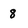
Character: 8